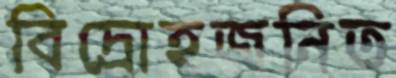
বিদ্রোহজনিত